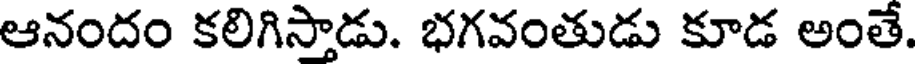
ఆనందం కలిగిస్తాడు. భగవంతుడు కూడ అంతే.